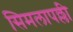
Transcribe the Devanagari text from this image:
सिमलापल्ली